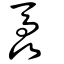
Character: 驫